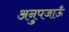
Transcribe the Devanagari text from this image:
अनुपजाऊँ